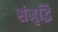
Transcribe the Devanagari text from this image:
संमृृद्धि